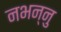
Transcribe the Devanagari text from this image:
नभन्नु